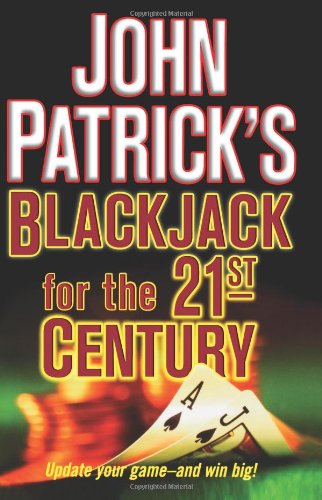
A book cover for Blackjack For The 21st Century; John Patrick; Humor & Entertainment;